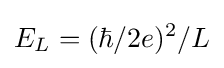
E_{L}=(\hbar /2e)^{2}/L